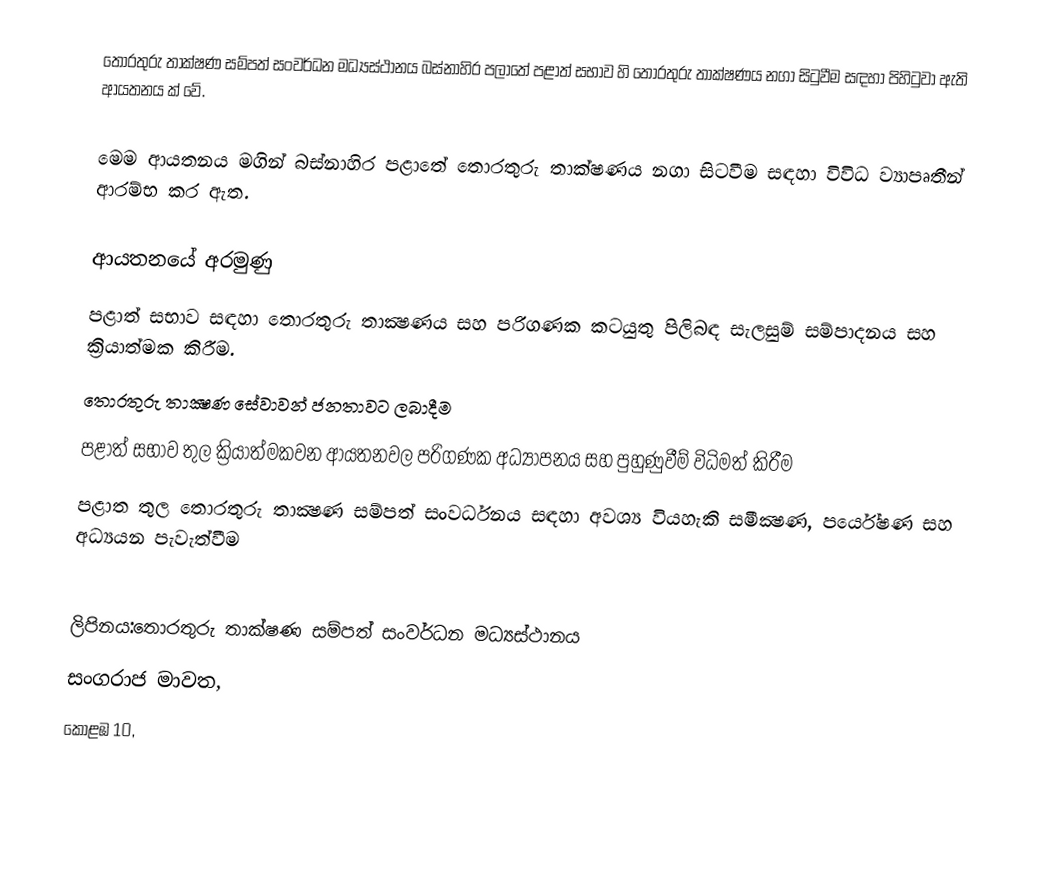
තොරතුරු තාක්ෂණ සම්පත් සංවර්ධන මධ්‍යස්ථානය බස්නාහිර පලාතේ පළාත් සභාව හි තොරතුරු තාක්ෂණය නගා සිටුවීම සඳහා පිහිටුවා ඇති ආයතනය ක් වේ.

මෙම ආයතනය මගින් බස්නාහිර පළාතේ තොරතුරු තාක්ෂණය නගා සිටවීම සඳහා විවිධ ව්‍යාපෘතීන් ආරම්භ කර ඇත.

ආයතනයේ අරමුණු
 පළාත් සභාව සඳහා තොරතුරු තාක්‍ෂණය සහ පරිගණක කටයුතු පිලිබඳ සැලසුම් සම්පාදනය සහ ක්‍රියාත්මක කිරීම.
 තොරතුරු තාක්‍ෂණ සේවාවන් ජනතාවට ලබාදීම
 පළාත් සභාව තුල ක්‍රියාත්මකවන ආයතනවල පරිගණක අධ්‍යාපනය සහ පුහුණුවීම් විධිමත් කිරීම
 පළාත තුල තොරතුරු තාක්‍ෂණ සම්පත් සංවර්ධනය සඳහා අවශ්‍ය වියහැකි සමීක්‍ෂණ, පර්යේෂණ සහ අධ්‍යයන පැවැත්වීම

ලිපිනය:තොරතුරු තාක්ෂණ සම්පත් සංවර්ධන මධ්‍යස්ථානය
සංගරාජ මාවත,
කොළඹ 10,